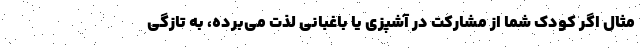
مثال اگر کودک شما از مشارکت در آشپزی یا باغبانی لذت می‌برده، به تازگی